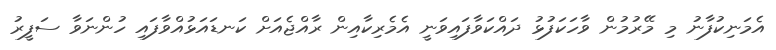
އެމަނިކުފާނު މި މޭރުމުން ވާހަކަފުޅު ދައްކަވާފައިވަނީ އެމެރިކާއިން ރާއްޖެއަށް ކަނޑައަޅުއްވާފައި ހުންނަވާ ސަފީރު